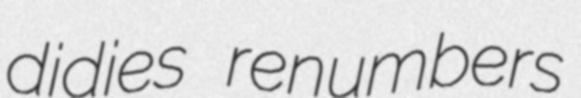
didies renumbers